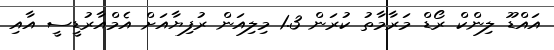
އައްޑޫ ލިންކް ރޯޑް މަރާމާތު ކުރަން 1.3 މިލިއަން ރުފިޔާއަށް އެމްއާރުޑީސީ އާއި